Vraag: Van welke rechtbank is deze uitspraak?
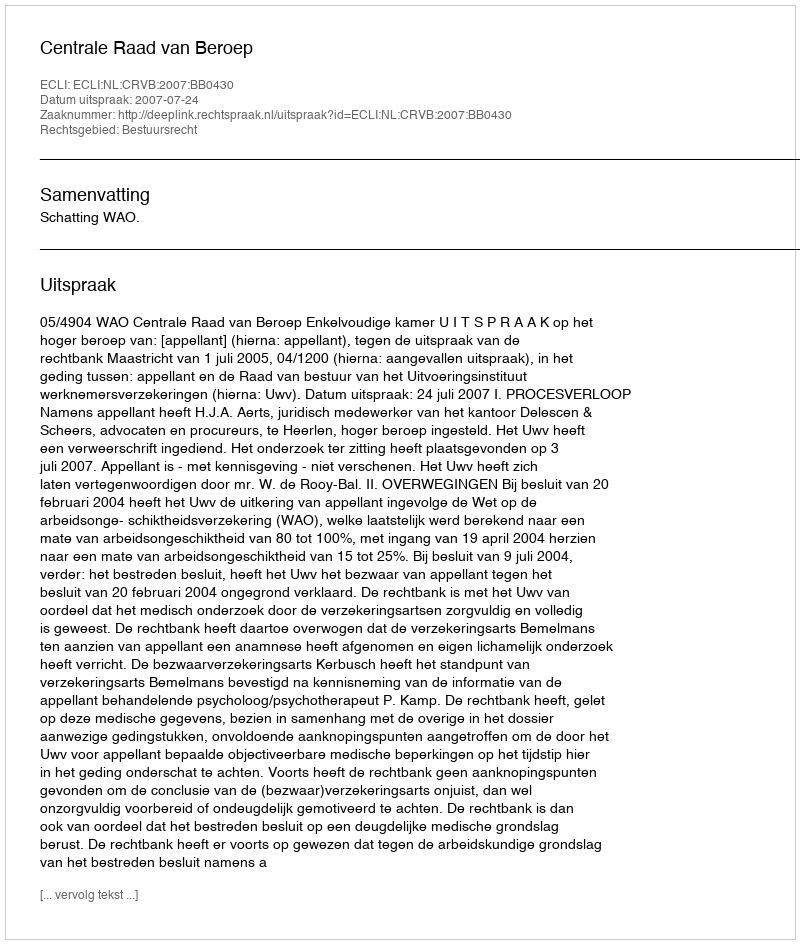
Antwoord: Centrale Raad van Beroep